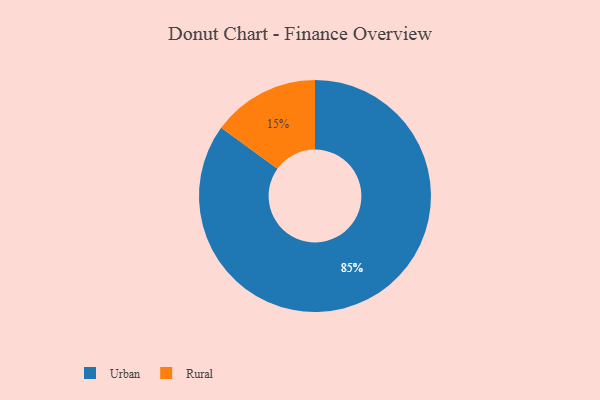
{"axis": {"x": "Category", "y": "Percentage"}, "legend": ["Rural", "Urban"], "data": [{"x": "Rural", "y": 15, "type": "Rural"}, {"x": "Urban", "y": 85, "type": "Urban"}]}